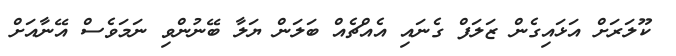
ކޫލަރަށް އަޅައިގެން ޒަލަފް ގެނައި އެއްޗެއް ބަލަން ޔަލާ ބޭނުންވި ނަމަވެސް އޭނާއަށް